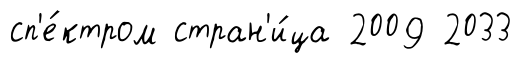
сп'е́ктром стран'и́ца 2009 2033